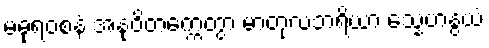
မဓုရဝစနံ အနုဝိတက္ကေတွာ မာတုလဘရိယာ သ္နေဟနွယံ